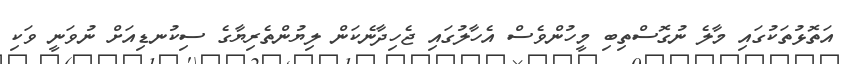
އަތޮޅުތަކުގައި މާލެ ނުގޮސްތިބި މީހުންވެސް އެހާލުގައި ޖެހިދާނެކަން ލިޔުންތެރިޔާގެ ސިކުނޑިއަށް ނުވަނީ ވަކި